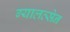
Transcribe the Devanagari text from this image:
ग्यालत्सेन